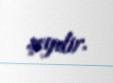
şeydir.